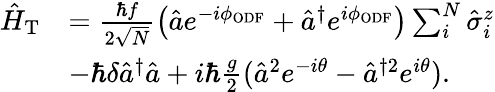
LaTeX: \begin{array}{rl}{\hat{H}_{\mathrm{T}}}&{=\frac{\hbar f}{2\sqrt{N}}\left(\hat{a}e^{-i\phi_{\mathrm{ODF}}}+\hat{a}^{\dagger}e^{i\phi_{\mathrm{ODF}}}\right)\sum_{i}^{N}\hat{\sigma}_{i}^{z}}\\ &{-\hbar\delta\hat{a}^{\dagger}\hat{a}+i\hbar\frac{g}{2}(\hat{a}^{2}e^{-i\theta}-\hat{a}^{\dagger 2}e^{i\theta}).}\end{array}